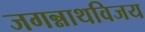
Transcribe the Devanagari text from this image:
जगन्नाथविजय